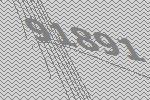
91891